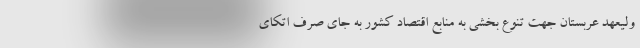
ولیعهد عربستان جهت تنوع بخشی به منابع اقتصاد کشور به جای صرف اتکای